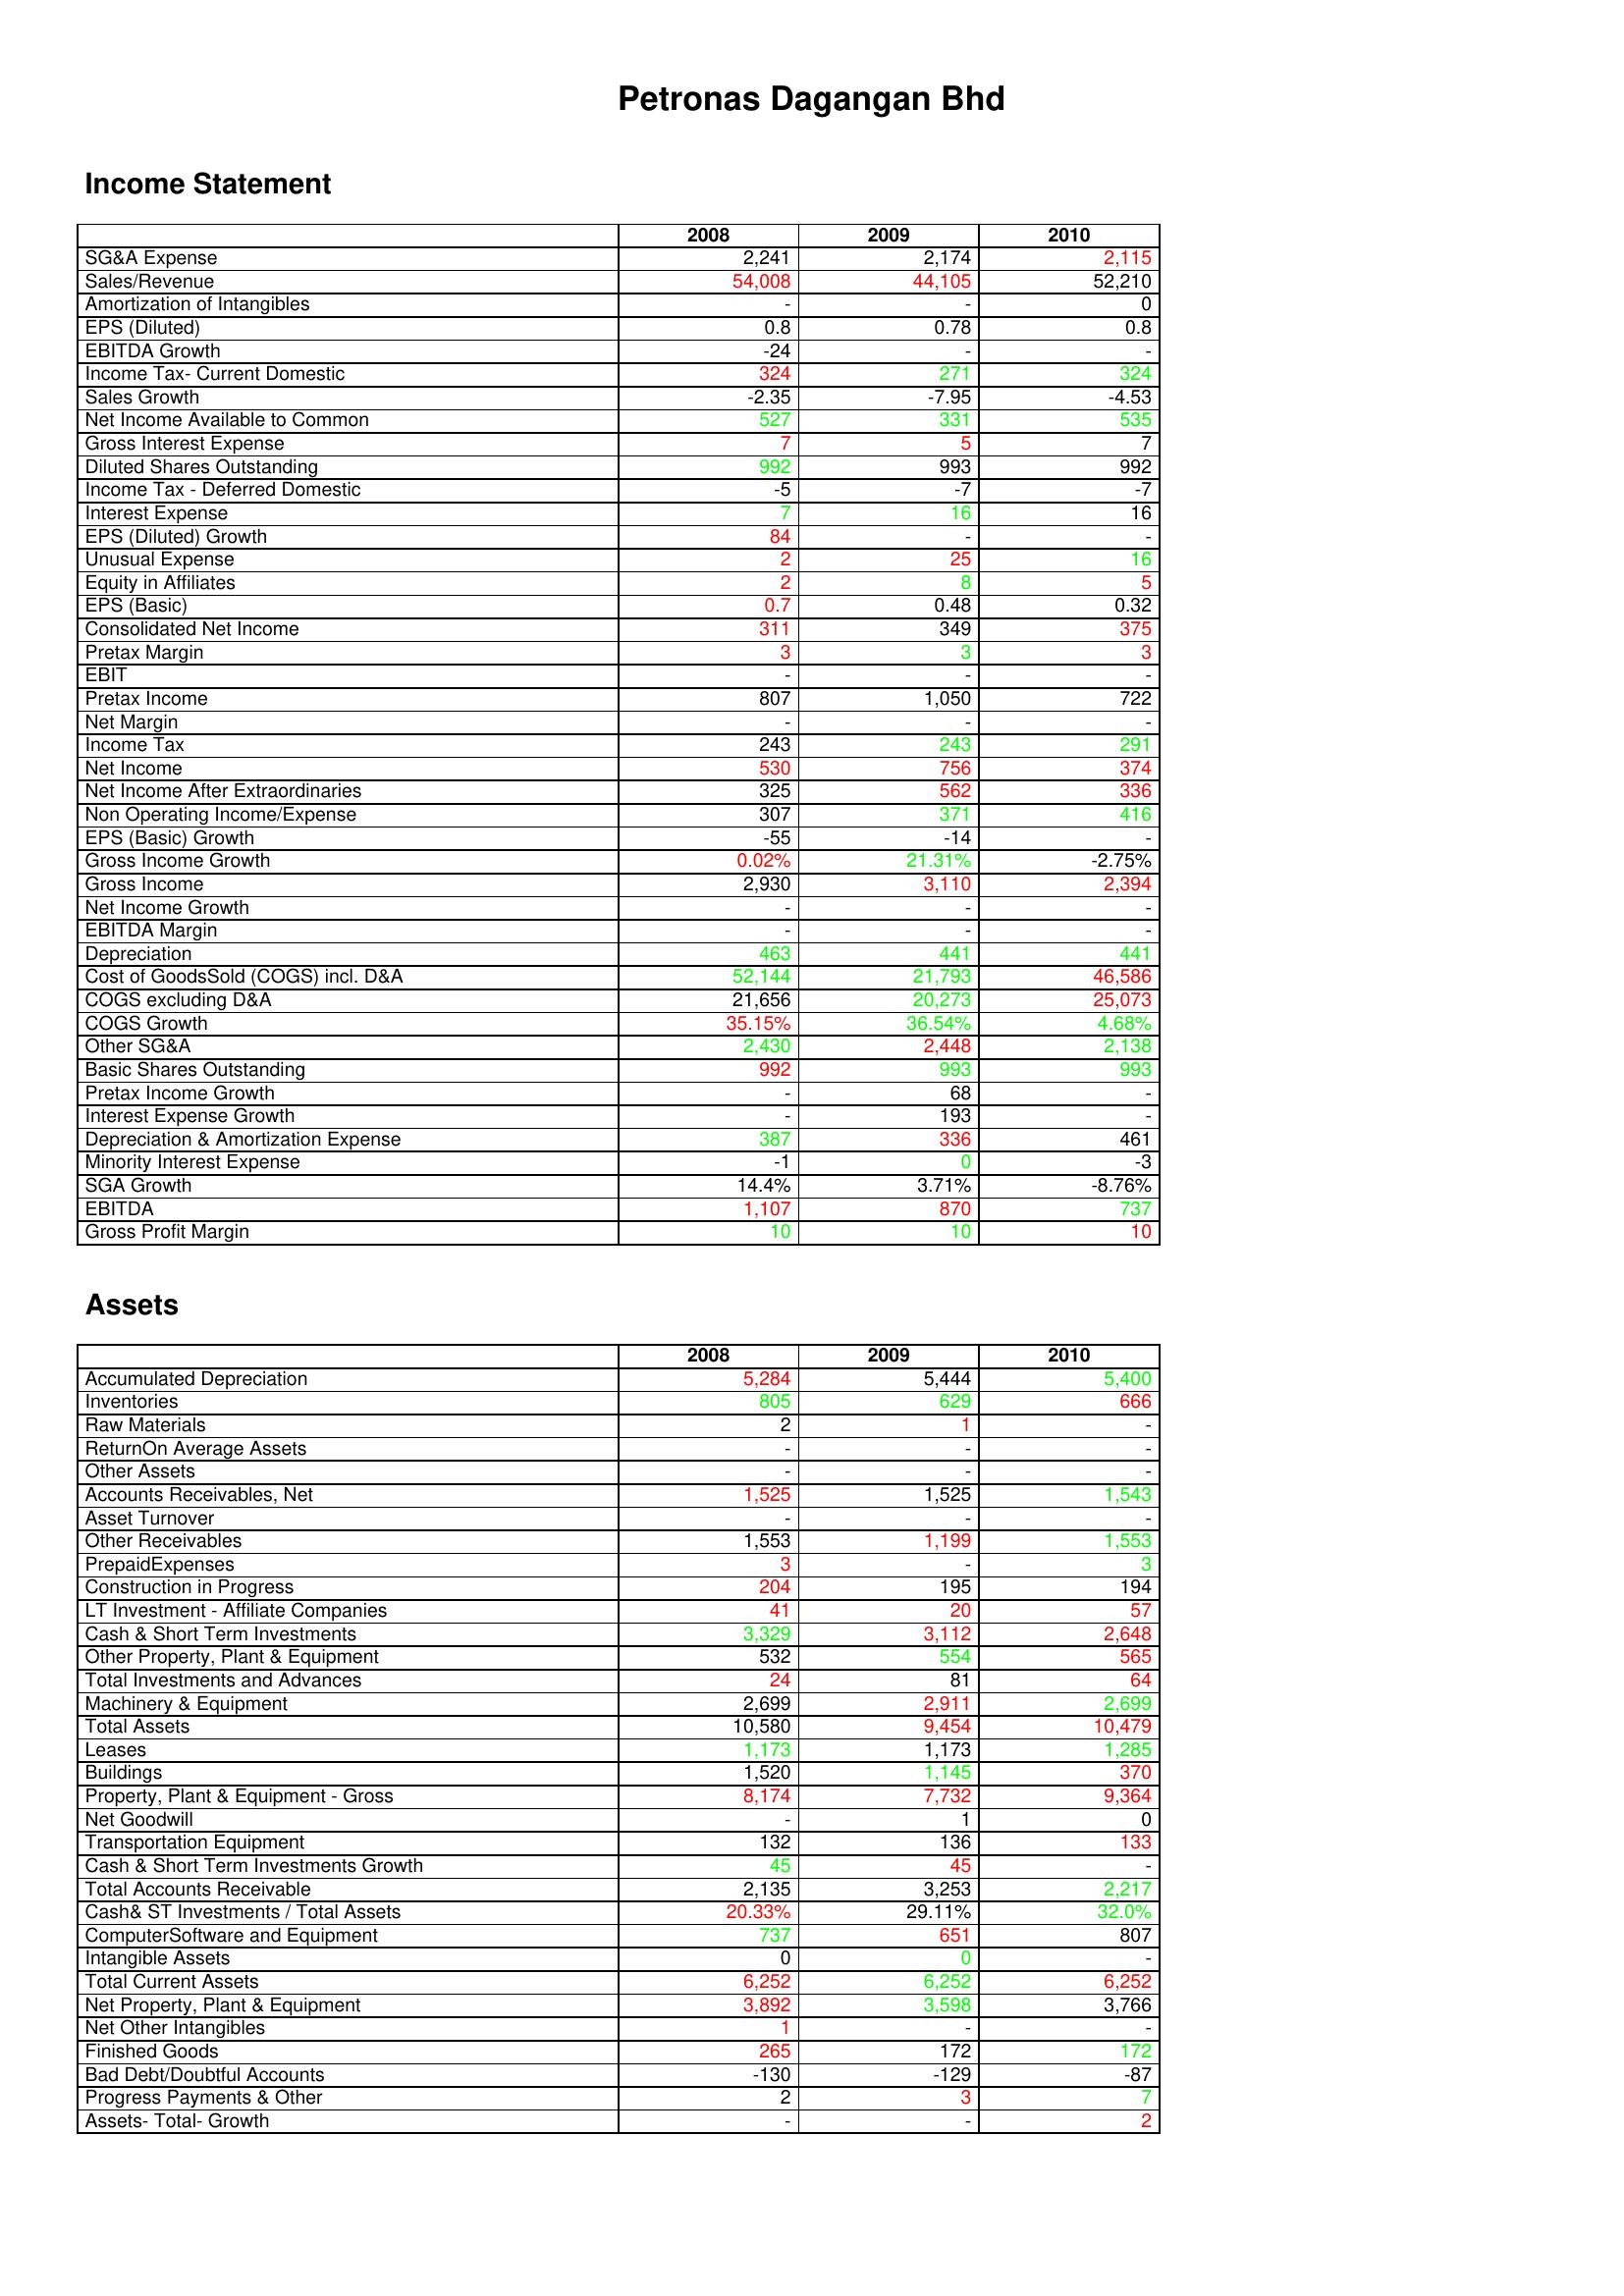
gt_parse: 2008: Income Statement: SG&A Expense: 2,241
Sales/Revenue: 54,008
Amortization of Intangibles: -
EPS (Diluted): 0.8
EBITDA Growth: -24
Income Tax- Current Domestic: 324
Sales Growth: -2.35
Net Income Available to Common: 527
Gross Interest Expense: 7
Diluted Shares Outstanding: 992
Income Tax - Deferred Domestic: -5
Interest Expense: 7
EPS (Diluted) Growth: 84
Unusual Expense: 2
Equity in Affiliates: 2
EPS (Basic): 0.7
Consolidated Net Income: 311
Pretax Margin: 3
EBIT: -
Pretax Income: 807
Net Margin: -
Income Tax: 243
Net Income: 530
Net Income After Extraordinaries: 325
Non Operating Income/Expense: 307
EPS (Basic) Growth: -55
Gross Income Growth: 0.02%
Gross Income: 2,930
Net Income Growth: -
EBITDA Margin: -
Depreciation: 463
Cost of GoodsSold (COGS) incl. D&A: 52,144
COGS excluding D&A: 21,656
COGS Growth: 35.15%
Other SG&A: 2,430
Basic Shares Outstanding: 992
Pretax Income Growth: -
Interest Expense Growth: -
Depreciation & Amortization Expense: 387
Minority Interest Expense: -1
SGA Growth: 14.4%
EBITDA: 1,107
Gross Profit Margin: 10
Assets: Accumulated Depreciation: 5,284
Inventories: 805
Raw Materials: 2
ReturnOn Average Assets: -
Other Assets: -
Accounts Receivables, Net: 1,525
Asset Turnover: -
Other Receivables: 1,553
PrepaidExpenses: 3
Construction in Progress: 204
LT Investment - Affiliate Companies: 41
Cash & Short Term Investments: 3,329
Other Property, Plant & Equipment: 532
Total Investments and Advances: 24
Machinery & Equipment: 2,699
Total Assets: 10,580
Leases: 1,173
Buildings: 1,520
Property, Plant & Equipment - Gross : 8,174
Net Goodwill: -
Transportation Equipment: 132
Cash & Short Term Investments Growth: 45
Total Accounts Receivable: 2,135
Cash& ST Investments / Total Assets: 20.33%
ComputerSoftware and Equipment: 737
Intangible Assets: 0
Total Current Assets: 6,252
Net Property, Plant & Equipment: 3,892
Net Other Intangibles: 1
Finished Goods: 265
Bad Debt/Doubtful Accounts: -130
Progress Payments & Other: 2
Assets- Total- Growth: -
2009: Income Statement: SG&A Expense: 2,174
Sales/Revenue: 44,105
Amortization of Intangibles: -
EPS (Diluted): 0.78
EBITDA Growth: -
Income Tax- Current Domestic: 271
Sales Growth: -7.95
Net Income Available to Common: 331
Gross Interest Expense: 5
Diluted Shares Outstanding: 993
Income Tax - Deferred Domestic: -7
Interest Expense: 16
EPS (Diluted) Growth: -
Unusual Expense: 25
Equity in Affiliates: 8
EPS (Basic): 0.48
Consolidated Net Income: 349
Pretax Margin: 3
EBIT: -
Pretax Income: 1,050
Net Margin: -
Income Tax: 243
Net Income: 756
Net Income After Extraordinaries: 562
Non Operating Income/Expense: 371
EPS (Basic) Growth: -14
Gross Income Growth: 21.31%
Gross Income: 3,110
Net Income Growth: -
EBITDA Margin: -
Depreciation: 441
Cost of GoodsSold (COGS) incl. D&A: 21,793
COGS excluding D&A: 20,273
COGS Growth: 36.54%
Other SG&A: 2,448
Basic Shares Outstanding: 993
Pretax Income Growth: 68
Interest Expense Growth: 193
Depreciation & Amortization Expense: 336
Minority Interest Expense: 0
SGA Growth: 3.71%
EBITDA: 870
Gross Profit Margin: 10
Assets: Accumulated Depreciation: 5,444
Inventories: 629
Raw Materials: 1
ReturnOn Average Assets: -
Other Assets: -
Accounts Receivables, Net: 1,525
Asset Turnover: -
Other Receivables: 1,199
PrepaidExpenses: -
Construction in Progress: 195
LT Investment - Affiliate Companies: 20
Cash & Short Term Investments: 3,112
Other Property, Plant & Equipment: 554
Total Investments and Advances: 81
Machinery & Equipment: 2,911
Total Assets: 9,454
Leases: 1,173
Buildings: 1,145
Property, Plant & Equipment - Gross : 7,732
Net Goodwill: 1
Transportation Equipment: 136
Cash & Short Term Investments Growth: 45
Total Accounts Receivable: 3,253
Cash& ST Investments / Total Assets: 29.11%
ComputerSoftware and Equipment: 651
Intangible Assets: 0
Total Current Assets: 6,252
Net Property, Plant & Equipment: 3,598
Net Other Intangibles: -
Finished Goods: 172
Bad Debt/Doubtful Accounts: -129
Progress Payments & Other: 3
Assets- Total- Growth: -
2010: Income Statement: SG&A Expense: 2,115
Sales/Revenue: 52,210
Amortization of Intangibles: 0
EPS (Diluted): 0.8
EBITDA Growth: -
Income Tax- Current Domestic: 324
Sales Growth: -4.53
Net Income Available to Common: 535
Gross Interest Expense: 7
Diluted Shares Outstanding: 992
Income Tax - Deferred Domestic: -7
Interest Expense: 16
EPS (Diluted) Growth: -
Unusual Expense: 16
Equity in Affiliates: 5
EPS (Basic): 0.32
Consolidated Net Income: 375
Pretax Margin: 3
EBIT: -
Pretax Income: 722
Net Margin: -
Income Tax: 291
Net Income: 374
Net Income After Extraordinaries: 336
Non Operating Income/Expense: 416
EPS (Basic) Growth: -
Gross Income Growth: -2.75%
Gross Income: 2,394
Net Income Growth: -
EBITDA Margin: -
Depreciation: 441
Cost of GoodsSold (COGS) incl. D&A: 46,586
COGS excluding D&A: 25,073
COGS Growth: 4.68%
Other SG&A: 2,138
Basic Shares Outstanding: 993
Pretax Income Growth: -
Interest Expense Growth: -
Depreciation & Amortization Expense: 461
Minority Interest Expense: -3
SGA Growth: -8.76%
EBITDA: 737
Gross Profit Margin: 10
Assets: Accumulated Depreciation: 5,400
Inventories: 666
Raw Materials: -
ReturnOn Average Assets: -
Other Assets: -
Accounts Receivables, Net: 1,543
Asset Turnover: -
Other Receivables: 1,553
PrepaidExpenses: 3
Construction in Progress: 194
LT Investment - Affiliate Companies: 57
Cash & Short Term Investments: 2,648
Other Property, Plant & Equipment: 565
Total Investments and Advances: 64
Machinery & Equipment: 2,699
Total Assets: 10,479
Leases: 1,285
Buildings: 370
Property, Plant & Equipment - Gross : 9,364
Net Goodwill: 0
Transportation Equipment: 133
Cash & Short Term Investments Growth: -
Total Accounts Receivable: 2,217
Cash& ST Investments / Total Assets: 32.0%
ComputerSoftware and Equipment: 807
Intangible Assets: -
Total Current Assets: 6,252
Net Property, Plant & Equipment: 3,766
Net Other Intangibles: -
Finished Goods: 172
Bad Debt/Doubtful Accounts: -87
Progress Payments & Other: 7
Assets- Total- Growth: 2